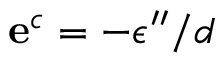
\mathbf { e } ^ { c } = - \epsilon ^ { \prime \prime } / d